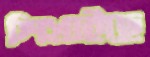
শিখাইছে